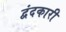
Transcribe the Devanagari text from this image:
द्वंदकारी